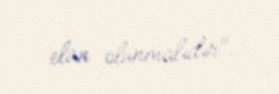
elan olunmalıdır".